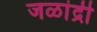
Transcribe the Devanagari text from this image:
जळांद्री